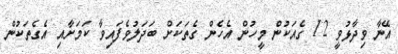
އޭނާ ވިދާޅުވީ 12 ގެއަކުން މީހުން އެހެން ގެތަކަށް ބަދަލުވެފައިވާ ކަމަށާއި އެގެތަކުން